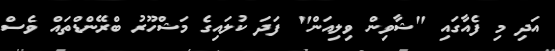
އަދި މި ފެއާގައި "ޝާވިން ވިލިއަން" ފަދަ ކުލައިގެ މަޝްހޫރު ބްރޭންޑްތައް ވެސް